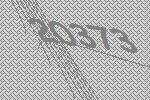
20373